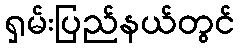
ရှမ်းပြည်နယ်တွင်